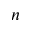
n